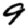
Digit: 9